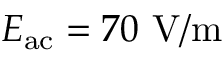
E _ { \mathrm { a c } } = 7 0 ~ \mathrm { V / m }